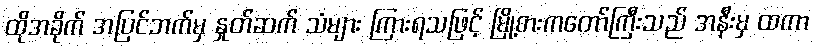
ထိုအခိုက် အပြင်ဘက်မှ နှုတ်ဆက် သံများ ကြားရသဖြင့် မြို့စားကတော်ကြီးသည် အနီးမှ ထကာ